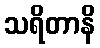
သရိတာနိ